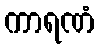
ကာရဏံ